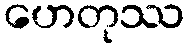
ဟေတုဿ